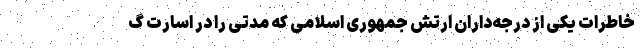
خاطرات یکی از درجه‌داران ارتش جمهوری اسلامی که مدتی را در اسارت گ